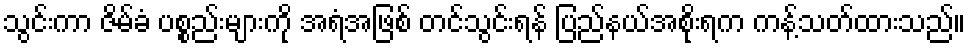
သွင်းကာ ဇိမ်ခံ ပစ္စည်းများကို အရံအဖြစ် တင်သွင်းရန် ပြည်နယ်အစိုးရက ကန့်သတ်ထားသည်။